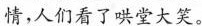
情，人们看了哄堂大笑。